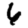
Digit: 6